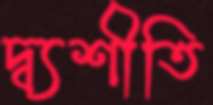
দ্ব্যশীতি